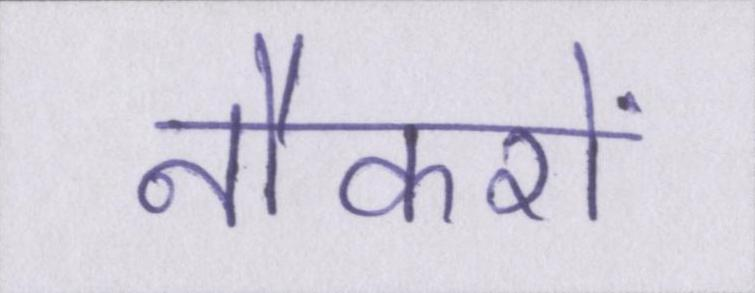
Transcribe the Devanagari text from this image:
नौकरों